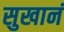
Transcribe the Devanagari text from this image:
सुखानं